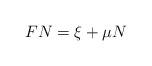
LaTeX: \begin{align*} FN=\xi+\mu N\end{align*}